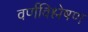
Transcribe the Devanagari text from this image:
वर्णविश्लेषण